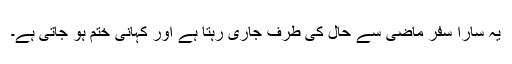
یہ سارا سفر ماضی سے حال کی طرف جاری رہتا ہے اور کہانی ختم ہو جاتی ہے۔